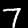
Label: 7